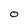
Character: 0